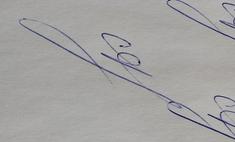
Signature authenticity: genuine